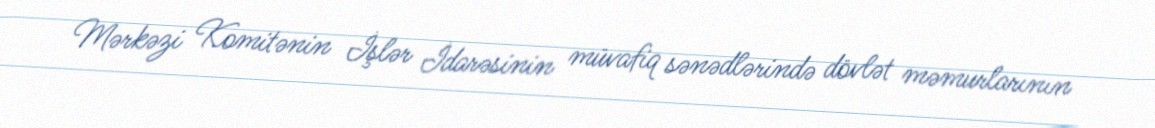
Mərkəzi Komitənin İşlər İdarəsinin müvafiq sənədlərində dövlət məmurlarının